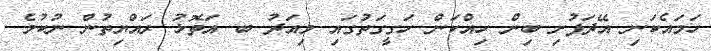
ހަމައެކަނި އޭދަފުށި ބިން ހިއްކަން ހަގީގަތުގައި މިއަދު ބ. އަތޮޅު ރައްޔިތުން ނުކުމެ